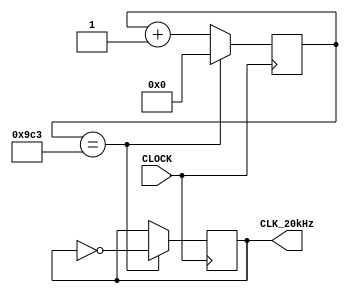
`timescale 1ns / 1ps
//////////////////////////////////////////////////////////////////////////////////
// Company: 
// Engineer: 
// 
// Design Name: 
// Module Name: slow_clk_20kHz
// Project Name: 
// Target Devices: 
// Tool Versions: 
// Description: 
// 
// Dependencies: 
// 
// Revision:
// Revision 0.01 - File Created
// Additional Comments:
// 
//////////////////////////////////////////////////////////////////////////////////


module slow_clk_20kHz(
    input CLOCK,
    output CLK_20kHz
    );
    
    reg [12:0] COUNTER = 12'b0;
    reg slow_clock = 0;
    
    always @ (posedge CLOCK) begin
        if (COUNTER == 12'b100111000011) 
            begin
                COUNTER <= 0;
                slow_clock <= ~slow_clock;
            end
        else
            COUNTER <= COUNTER + 1;
    end
    
    assign CLK_20kHz = slow_clock;
    
endmodule